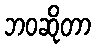
ဘဝဆိုတာ